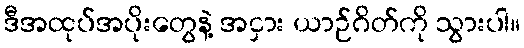
ဒီအထုပ်အပိုးတွေနဲ့ အငှား ယာဉ်ဂိတ်ကို သွားပါ။